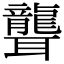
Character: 聾